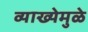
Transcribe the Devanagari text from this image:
व्याख्येमुळे